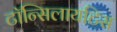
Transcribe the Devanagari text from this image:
टॉन्सिलायटिस